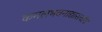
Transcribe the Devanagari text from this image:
कमलभवनाद्यास्त्वयि